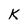
Character: K